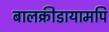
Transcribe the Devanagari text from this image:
बालक्रीडायामपि